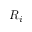
R _ { i }